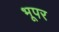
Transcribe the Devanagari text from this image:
भूपर